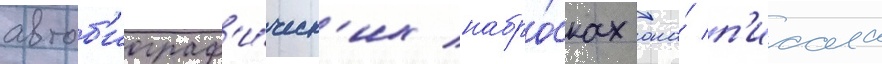
автоб'иограф'и́ческ'их набро́сках она́ п'исала